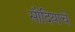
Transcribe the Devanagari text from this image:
सौदियाचे